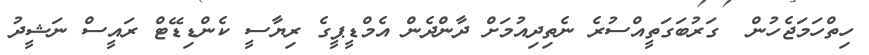
ހިތްހަމަޖެހުން  ގަރުބަގަތީއްސުރެ ނެތިދިއުމަށް ދާންދެން އެމްޑީޕީގެ ރިޔާސީ ކެންޑިޑޭޓް ރައީސް ނަޝީދު